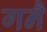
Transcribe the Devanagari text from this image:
गनै